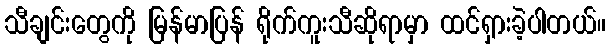
သီချင်းတွေကို မြန်မာပြန် ရိုက်ကူးသီဆိုရာမှာ ထင်ရှားခဲ့ပါတယ်။